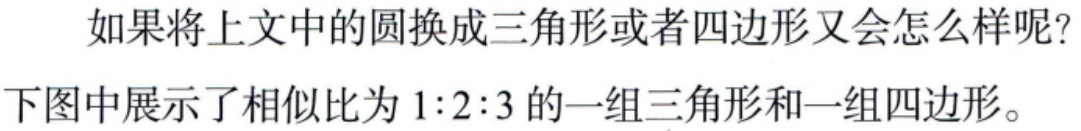
如果将上文中的圆换成三角形或者四边形又会怎么样呢？
下图中展示了相似比为 \(1:2:3\) 的一组三角形和一组四边形。